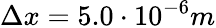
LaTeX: \Delta x=5.0\cdot 10^{-6}m